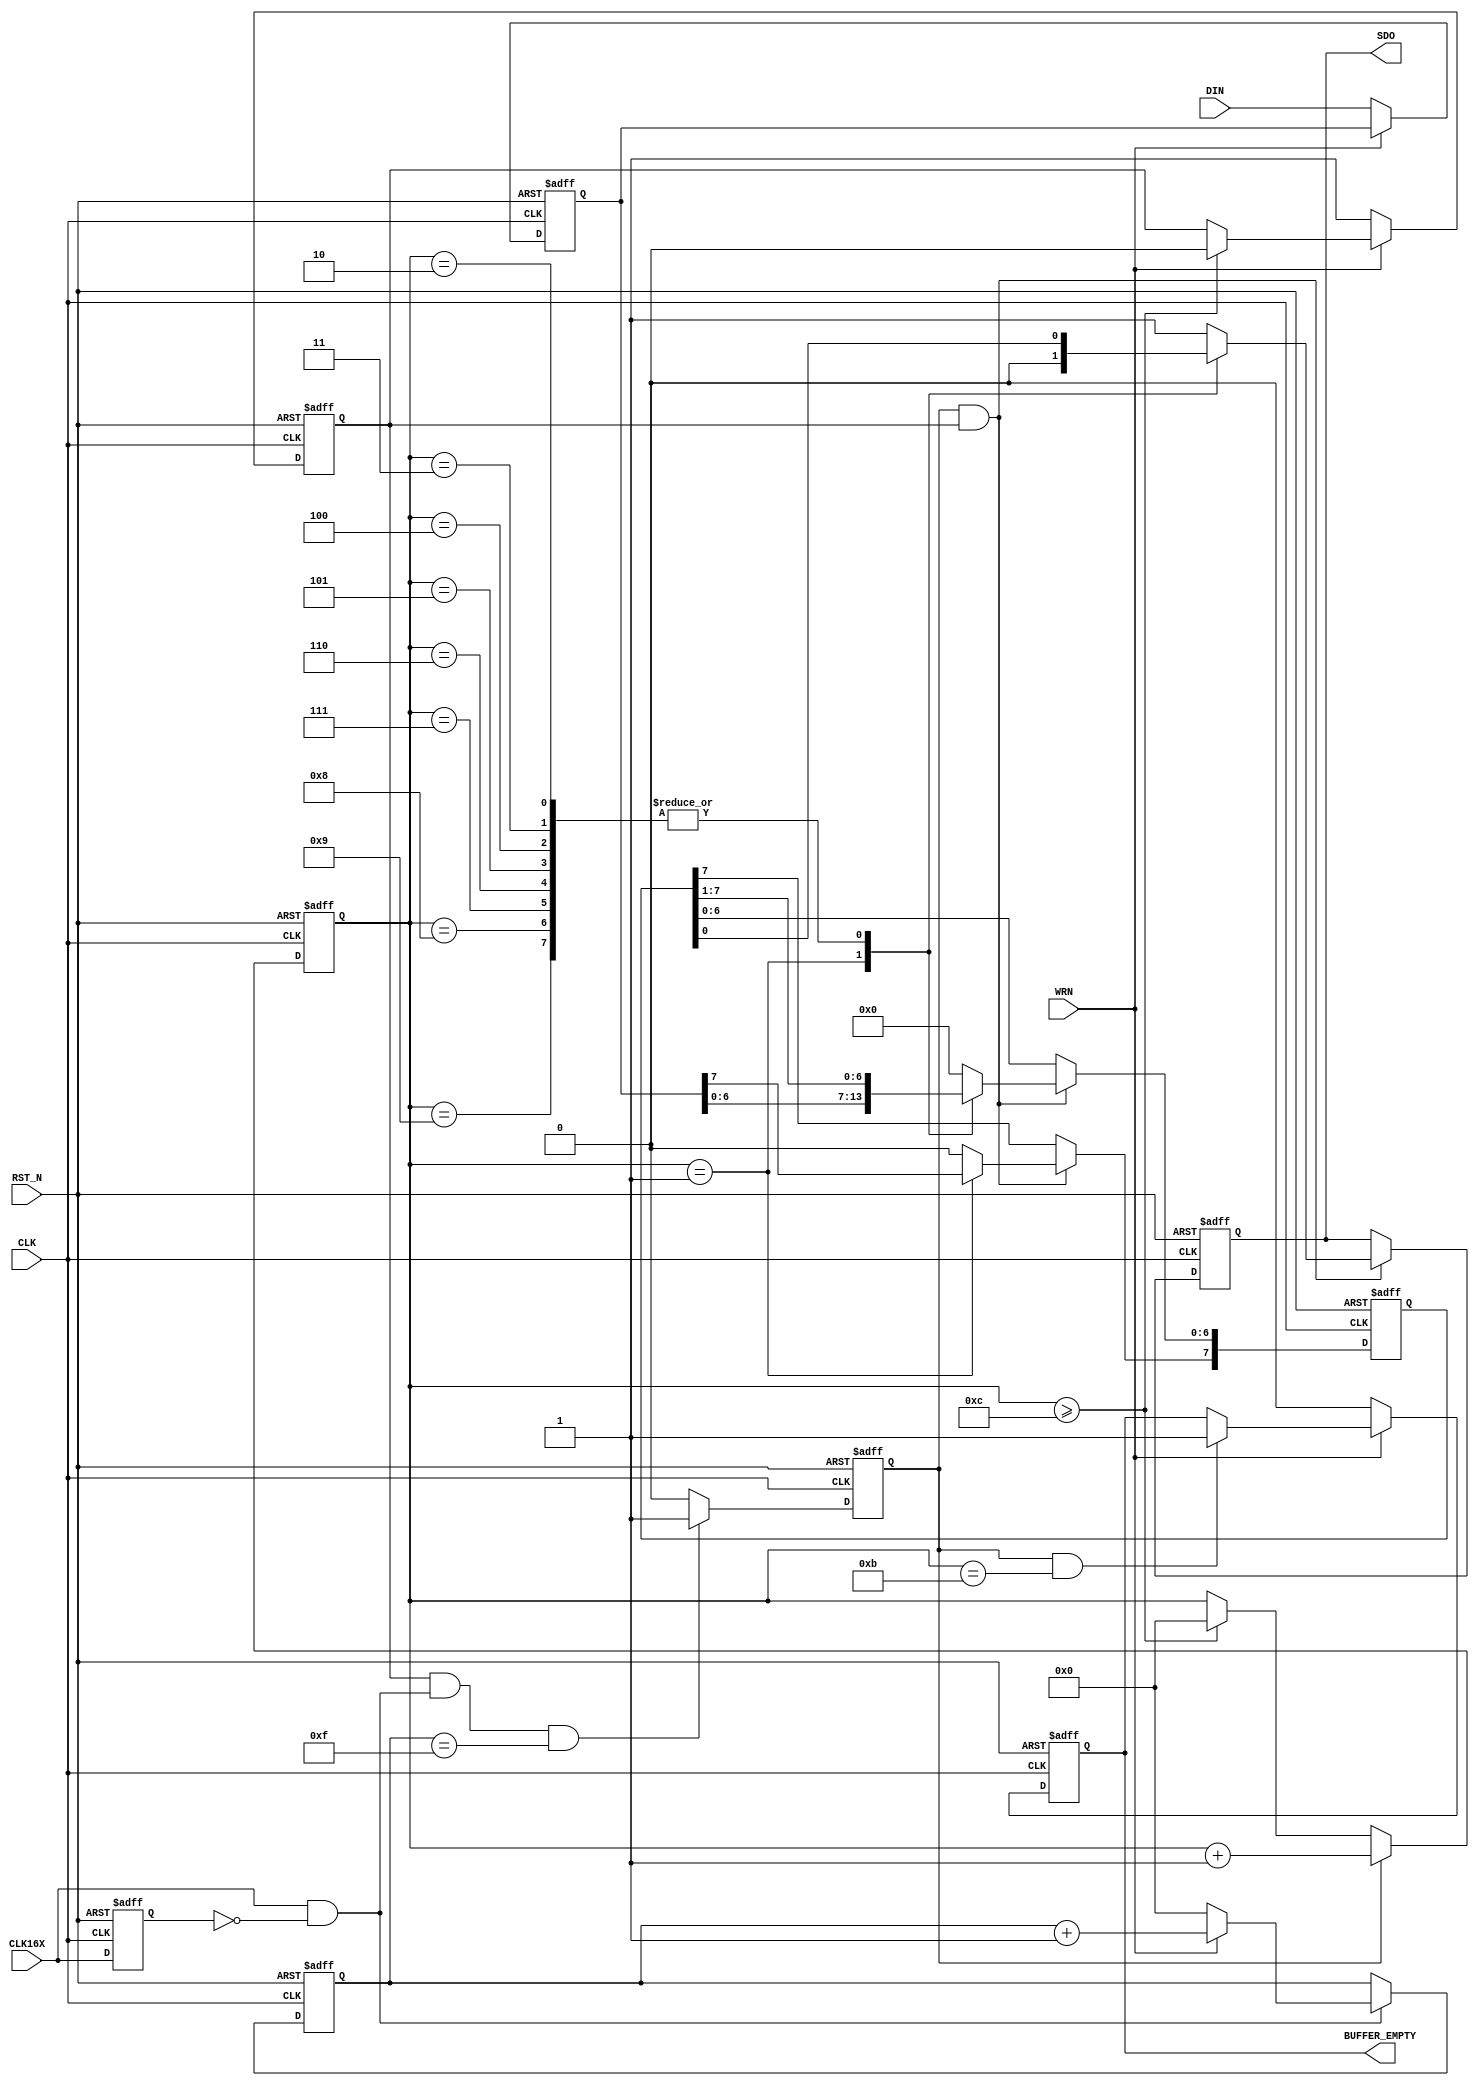
/******************************************************************************
 *
 *      Version:  1.1
 *        Model:  Uart Chip
 *
 *      Company:  Xilinx
 *
 *
 *   Disclaimer:  THESE DESIGNS ARE PROVIDED "AS IS" WITH NO WARRANTY 
 *                WHATSOEVER AND XILINX SPECIFICALLY DISCLAIMS ANY 
 *                IMPLIED WARRANTIES OF MERCHANTABILITY, FITNESS FOR
 *                A PARTICULAR PURPOSE, OR AGAINST INFRINGEMENT.
 *
 *                Copyright (c) 2000 Xilinx, Inc.
 *                All rights reserved
 *
 ******************************************************************************/


module uart_transmitter
  (
   CLK,
   RST_N,   
   DIN,
   BUFFER_EMPTY,
   CLK16X,
   WRN,
   SDO
   );
   
   //--------------------------------------------------
   // IO Port Declarations                           
   //--------------------------------------------------
   input CLK, RST_N ;     
   output BUFFER_EMPTY ;              // Transmit Buffer Empty
   output SDO ;               // Serial Data Out
   input [7:0] DIN ;          // Parallel Data in     
   input       CLK16X ;       // Local clock 16X Data Rate
   input       WRN ;          // Write Enable Active Low
   
   //-----------------------------------------------
   // Wire and Register Declarations              
   //-----------------------------------------------
   reg 	       BUFFER_EMPTY ;
   reg [3:0]   clk16_count;
   reg 	       serial_clk;
   reg [3:0]   bit_count;
   reg [7:0]   din_reg, shift_reg;
   reg 	       SDO;
   reg 	       serial_clk_enable;
   reg 	       clk16x_reg;
   wire        clk16x_posedge;

   //-----------------------------------------------
   // Signal Assignments
   //----------------------------------------------   
   assign      clk16x_posedge = CLK16X && !clk16x_reg;
   
   //-----------------------------------------------
   // Create a registered version of the 16x Clock
   //-----------------------------------------------
   always @(posedge CLK or negedge RST_N)
     begin
	if (!RST_N)
	  clk16x_reg <= 0;
	else
	  clk16x_reg <= CLK16X;
     end

   //-----------------------------------------------
   // Create an input register     
   //-----------------------------------------------   
   always @(posedge CLK or negedge RST_N)
     begin
	if (!RST_N)
	  din_reg <= 0;
	else if (!WRN)
	  din_reg <= DIN;
     end

   //-----------------------------------------------
   // Shift Data Bits out Serial Port
   //-----------------------------------------------   
   always @(posedge CLK or negedge RST_N)
     begin
	if (!RST_N)
	  begin
	     shift_reg <= 0;
	     SDO <= 1;
	  end
	else if (serial_clk && serial_clk_enable)
	  begin
	     case (bit_count)
	       4'h0:
		 begin
		    shift_reg <= 0;
		    SDO <= 1;
		 end
	       4'h1: 
		 begin // Start Bit
		    shift_reg <= din_reg;
		    SDO <= 0;
		 end
	       4'h2, 4'h3, 4'h4, 4'h5, 4'h6, 4'h7, 4'h8, 4'h9: 
		 begin // Shift Data Out
		    SDO <= shift_reg[0];
		    shift_reg[6:0] <= shift_reg[7:1];
		    shift_reg[7] <= 1'b0;
		 end
	       4'hA, 4'hB, 4'hC:
		 begin // Stop Bit
		    SDO <= 1'b1;
		    shift_reg <= 0;
		 end
	       default:
		 begin
		    SDO <= 1'b1;
		    shift_reg <= 0;
		 end
	     endcase		 
	  end // if (serial_clk)
     end // always @ (posedge CLK or negedge RST_N)

   //-----------------------------------------------
   // Create a buffer empty signal 
   //-----------------------------------------------   
   always @(posedge CLK or negedge RST_N)
     begin
	if (!RST_N)
	  BUFFER_EMPTY <= 1;
	else
	  begin
	     if (!WRN)
	       BUFFER_EMPTY <= 0;
	     else if (serial_clk && (bit_count == 4'hB))
	       BUFFER_EMPTY <= 1;
	  end
     end // always @ (posedge CLK or negedge RST_N)

   //-----------------------------------------------
   // Create a clk enable signal only active when
   // sending out bits
   //-----------------------------------------------
   always @(posedge CLK or negedge RST_N)
     begin
	if (!RST_N)
	  serial_clk_enable <= 0;
	else
	  begin
	     if (!WRN)
	       serial_clk_enable <= 1;
	     else if (bit_count >= 4'hc)
	       serial_clk_enable <= 0;
	  end
     end // always @ (posedge CLK or negedge RST_N)
   
   //-----------------------------------------------
   // Create a 16x Clock Counter
   //-----------------------------------------------
   always @(posedge CLK or negedge RST_N)
     begin
	if (!RST_N)
	  clk16_count <= 0;
	else if (clk16x_posedge)
	  begin
	     if (!WRN)
	       clk16_count <= 0;
	     else
	       clk16_count <= clk16_count + 1;
	  end
     end // always @ (posedge CLK or negedge RST_N)
   
   //-----------------------------------------------
   // Create a Serial Clock at the specific baud rate
   //-----------------------------------------------      
   always @(posedge CLK or negedge RST_N)
     begin
	if (!RST_N)
	  serial_clk <= 0;
	else if (serial_clk_enable && clk16x_posedge && (clk16_count == 4'hf))
	  serial_clk <= 1;
	else
	  serial_clk <= 0;
     end

   //-----------------------------------------------
   // Create a bit counter for the serial output
   //-----------------------------------------------      
   always @(posedge CLK or negedge RST_N)
     begin
	if (!RST_N)
	  bit_count <= 0;
	else if (serial_clk)
	  bit_count <= bit_count + 1;
	else if (bit_count >= 4'hC)
	  bit_count <= 0;
     end // always @ (posedge CLK or negedge RST_N)
   
endmodule